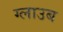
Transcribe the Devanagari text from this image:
ग्लाउब